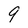
Character: 9